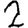
Digit: 2